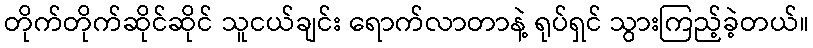
တိုက်တိုက်ဆိုင်ဆိုင် သူငယ်ချင်း ရောက်လာတာနဲ့ ရုပ်ရှင် သွားကြည့်ခဲ့တယ်။